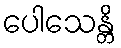
ပေါသေန္တိ